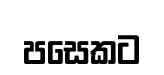
පසෙකට